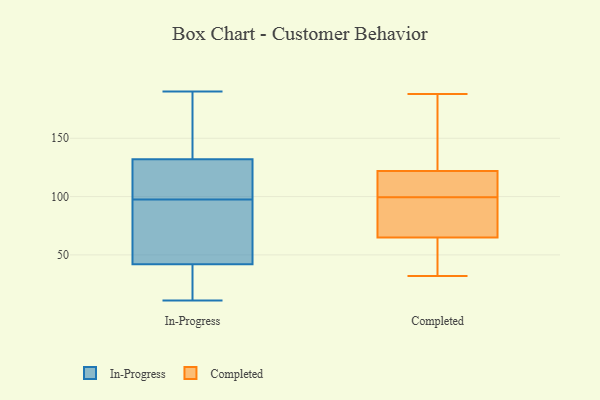
{"axis": {"x": "Temperature (°C)", "y": "Value"}, "legend": ["Completed", "In-Progress"], "data": [{"x": "", "y": 183, "type": "In-Progress"}, {"x": "", "y": 120, "type": "In-Progress"}, {"x": "", "y": 20, "type": "In-Progress"}, {"x": "", "y": 117, "type": "In-Progress"}, {"x": "", "y": 25, "type": "In-Progress"}, {"x": "", "y": 190, "type": "In-Progress"}, {"x": "", "y": 143, "type": "In-Progress"}, {"x": "", "y": 148, "type": "In-Progress"}, {"x": "", "y": 132, "type": "In-Progress"}, {"x": "", "y": 116, "type": "In-Progress"}, {"x": "", "y": 66, "type": "In-Progress"}, {"x": "", "y": 57, "type": "In-Progress"}, {"x": "", "y": 11, "type": "In-Progress"}, {"x": "", "y": 34, "type": "In-Progress"}, {"x": "", "y": 67, "type": "In-Progress"}, {"x": "", "y": 42, "type": "In-Progress"}, {"x": "", "y": 129, "type": "In-Progress"}, {"x": "", "y": 79, "type": "In-Progress"}, {"x": "", "y": 58, "type": "Completed"}, {"x": "", "y": 99, "type": "Completed"}, {"x": "", "y": 34, "type": "Completed"}, {"x": "", "y": 66, "type": "Completed"}, {"x": "", "y": 90, "type": "Completed"}, {"x": "", "y": 100, "type": "Completed"}, {"x": "", "y": 32, "type": "Completed"}, {"x": "", "y": 122, "type": "Completed"}, {"x": "", "y": 111, "type": "Completed"}, {"x": "", "y": 188, "type": "Completed"}, {"x": "", "y": 151, "type": "Completed"}, {"x": "", "y": 107, "type": "Completed"}, {"x": "", "y": 65, "type": "Completed"}, {"x": "", "y": 135, "type": "Completed"}]}